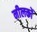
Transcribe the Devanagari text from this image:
नीलकों